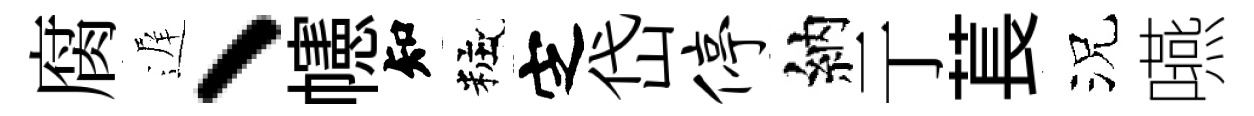
腐遅、幰知粧㝎岱停納亍萇況嚥